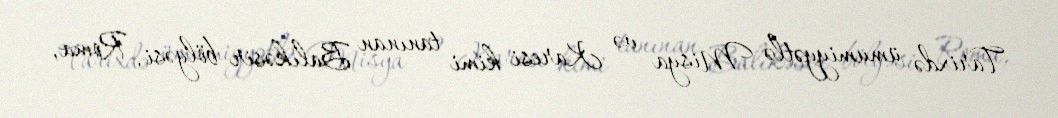
Tarixdə ümumiyyətlə Misya və Karesi kimi tanınan Balıkəsir bölgəsi, Roma,